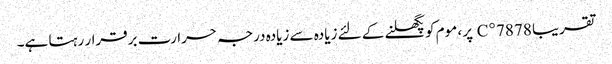
تقریبا 78 78 ° C پر ، موم کو پگھلنے کے لئے زیادہ سے زیادہ درجہ حرارت برقرار رہتا ہے۔